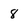
Character: 8